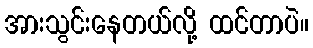
အားသွင်းနေတယ်လို့ ထင်တာပဲ။